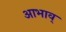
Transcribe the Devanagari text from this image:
आभाव्